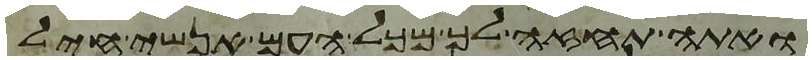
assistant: ואתה תחזה לך מכל העם אנשי חיל